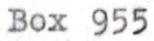
Box 955